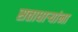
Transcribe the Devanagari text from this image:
सत्ताधाऱ्यांना